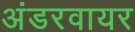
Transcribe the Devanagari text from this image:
अंडरवायर